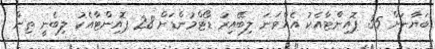
ބަޔާނަށް 35 ޕޮއިންޓާއެކު އެއްވަނަ ލިބޭއިރު ޑޯޓްމުންޑަށް 28 ޕޮއިންޓާއެކު ލިބެނީ ތިން